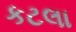
કટલા